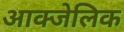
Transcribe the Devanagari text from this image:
आक्जेलिक